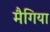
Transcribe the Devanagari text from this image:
मैगिया